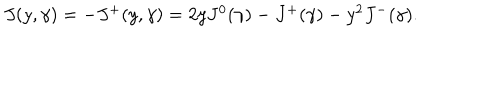
\begin{array} { l c r } { { J ( y , \gamma ) = - J ^ { + } ( y , \gamma ) = 2 y J ^ { 0 } ( \gamma ) - J ^ { + } ( \gamma ) - y ^ { 2 } J ^ { - } ( \gamma ) . } } \\ \end{array}